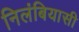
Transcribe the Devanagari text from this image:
निलंबियासी